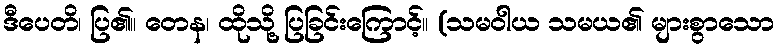
ဒီပေတိ၊ ပြ၏။ တေန၊ ထိုသို့ ပြခြင်းကြောင့်။ (သမဝါယ သမယ၏ များစွာသော